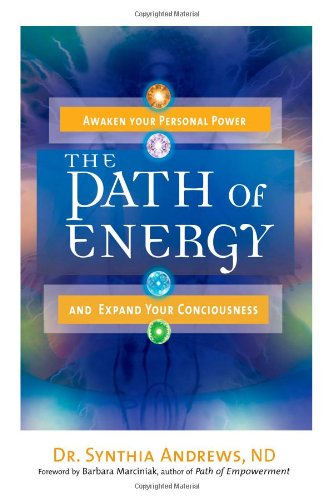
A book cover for The Path of Energy: Awaken Your Personal Power and Expand Your Consciousness; Synthia Andrews; Religion & Spirituality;